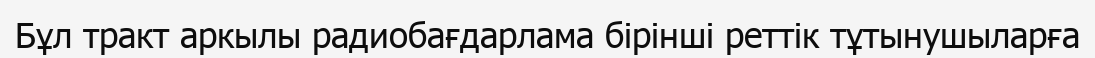
Бұл тракт аркылы радиобағдарлама бірінші реттік тұтынушыларға